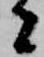
者